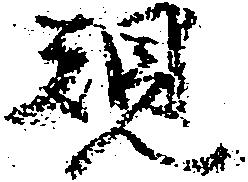
規